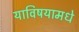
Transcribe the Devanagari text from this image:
याविषयामधे